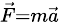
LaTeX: \scriptstyle{{\vec{F}}=m{\vec{a}}}